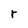
Character: r